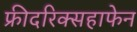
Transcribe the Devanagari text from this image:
फ्रीदरिक्सहाफेन